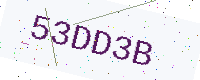
Text: 53DD3B